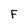
Character: F